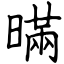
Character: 暪